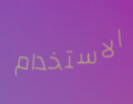
الاستخدام